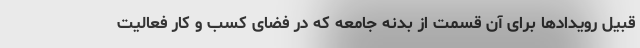
قبیل رویدادها برای آن قسمت از بدنه جامعه که در فضای کسب و کار فعالیت